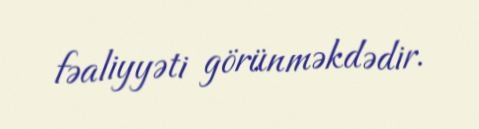
fəaliyyəti görünməkdədir.